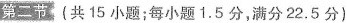
第二节，(共15小题；每小题1.5分，满分22.5分)